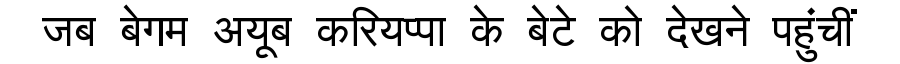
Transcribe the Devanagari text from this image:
जब बेगम अयूब करियप्पा के बेटे को देखने पहुंचीं